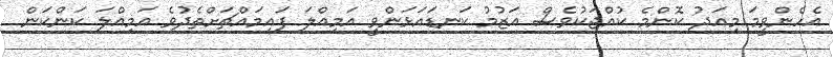
އެހެންވީމަ މިއަދު ކޮންމެ ކުއްޖަކުވެސް އަޒުމު ކަނޑައަޅަންވީ އަމިއްލަ ފައިމައްޗަށްތެދުވެ އަމިއްލަ ކަންކަން